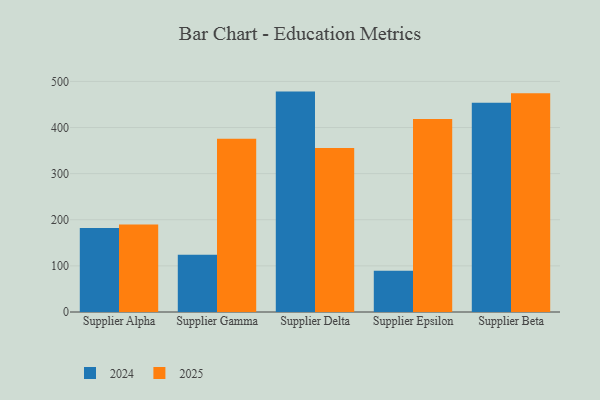
{"axis": {"x": "Supplier", "y": "Production Output"}, "legend": ["2024", "2025"], "data": [{"x": "Supplier Alpha", "y": 182.1, "type": "2024"}, {"x": "Supplier Alpha", "y": 189.8, "type": "2025"}, {"x": "Supplier Gamma", "y": 124.3, "type": "2024"}, {"x": "Supplier Gamma", "y": 375.5, "type": "2025"}, {"x": "Supplier Delta", "y": 477.9, "type": "2024"}, {"x": "Supplier Delta", "y": 355.6, "type": "2025"}, {"x": "Supplier Epsilon", "y": 89.7, "type": "2024"}, {"x": "Supplier Epsilon", "y": 418.3, "type": "2025"}, {"x": "Supplier Beta", "y": 453.7, "type": "2024"}, {"x": "Supplier Beta", "y": 474.3, "type": "2025"}]}